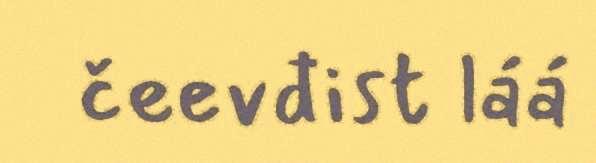
čeevđist láá